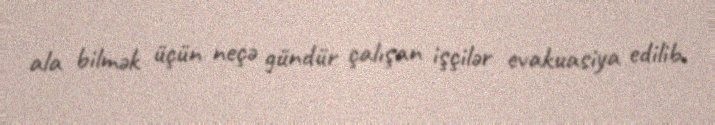
ala bilmək üçün neçə gündür çalışan işçilər evakuasiya edilib.